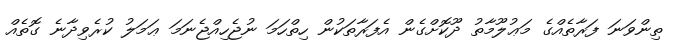
ތިންވަނަ ފަރާތެއްގެ މަޢުލޫމާތު ދޫކޮށްގެން އެފަރާތަކުން ހިތްހަމަ ނުޖެހިއްޖެނަމަ ޢަމަލު ކުރެވިދާނެ ގޮތެއް